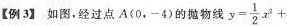
【例3】如图，经过点A(0，-4)的抛物线$$y= \frac{1}{2}x^{2}+$$